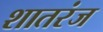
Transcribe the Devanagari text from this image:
शातरंज